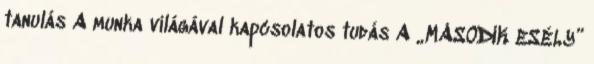
tanulás A munka világával kapcsolatos tudás A „MÁSODIK ESÉLY”